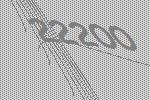
22200